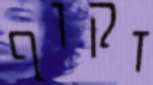
זקוף